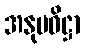
အနုပဝိဋ္ဌာ